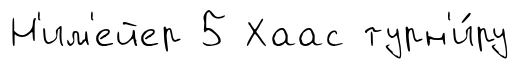
Н'им'ейер 5 Хаас турн'и́ру